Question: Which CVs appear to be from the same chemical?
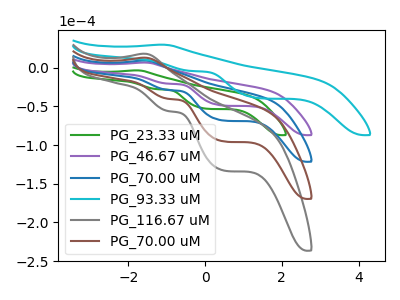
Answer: <think>The green curve "PG_23.33 uM" has an anodic peak at (-1.80V, -3.45uA) and cathodic peaks at (-1.25V, -27.80uA) (0.05V, -53.10uA). The purple curve "PG_46.67 uM" has an anodic peak at (-1.60V, 6.65uA) and cathodic peaks at (-0.95V, -20.65uA) (0.50V, -48.95uA). The blue curve "PG_70.00 uM" has an anodic peak at (-1.60V, 9.30uA) and cathodic peaks at (-0.95V, -28.80uA) (0.50V, -68.30uA). The cyan curve "PG_93.33 uM" has an anodic peak at (-1.15V, 29.75uA) and cathodic peaks at (-0.35V, -4.25uA) (1.45V, -39.55uA). The gray curve "PG_116.67 uM" has an anodic peak at (-1.60V, 27.90uA) and cathodic peaks at (-0.95V, -86.40uA) (0.50V, -204.85uA). The brown curve "PG_70.00 uM" has an anodic peak at (-1.60V, 18.60uA) and cathodic peaks at (-0.95V, -57.60uA) (0.50V, -136.55uA).
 "PG_23.33 uM" and "PG_46.67 uM" have at least one peak that do not match. "PG_23.33 uM" and "PG_70.00 uM" have at least one peak that do not match. "PG_23.33 uM" and "PG_93.33 uM" have at least one peak that do not match. "PG_23.33 uM" and "PG_116.67 uM" have at least one peak that do not match. "PG_23.33 uM" and "PG_70.00 uM" have at least one peak that do not match. All the peaks in "PG_46.67 uM" have a peak in "PG_70.00 uM" at the same potential. Every peak in "PG_46.67 uM" is lower than every peak in "PG_70.00 uM". "PG_46.67 uM" and "PG_93.33 uM" have at least one peak that do not match. All the peaks in "PG_46.67 uM" have a peak in "PG_116.67 uM" at the same potential. Every peak in "PG_46.67 uM" is lower than every peak in "PG_116.67 uM". All the peaks in "PG_46.67 uM" have a peak in "PG_70.00 uM" at the same potential. Every peak in "PG_46.67 uM" is lower than every peak in "PG_70.00 uM". "PG_70.00 uM" and "PG_93.33 uM" have at least one peak that do not match. All the peaks in "PG_70.00 uM" have a peak in "PG_116.67 uM" at the same potential. Every peak in "PG_70.00 uM" is lower than every peak in "PG_116.67 uM". All the peaks in "PG_70.00 uM" have a peak in "PG_70.00 uM" at the same potential. Every peak in "PG_70.00 uM" is lower than every peak in "PG_70.00 uM". "PG_93.33 uM" and "PG_116.67 uM" have at least one peak that do not match. "PG_93.33 uM" and "PG_70.00 uM" have at least one peak that do not match. All the peaks in "PG_116.67 uM" have a peak in "PG_70.00 uM" at the same potential. Every peak in "PG_116.67 uM" is higher than every peak in "PG_70.00 uM".</think>
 <answer>"PG_46.67 uM", "PG_70.00 uM", "PG_116.67 uM" and "PG_70.00 uM" have the same shape and are likely CV's of the same chemical.</answer>
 <eval>"PG_46.67 uM" "PG_70.00 uM" "PG_116.67 uM" "PG_70.00 uM"</eval>